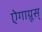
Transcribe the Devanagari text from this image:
ऐगाग्रूस्